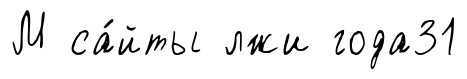
М са́йты лжи года31